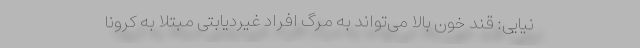
نیایی: قند خون بالا می‌تواند به مرگ افراد غیردیابتی مبتلا به کرونا